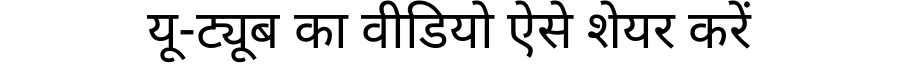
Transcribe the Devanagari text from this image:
यू-ट्यूब का वीडियो ऐसे शेयर करें